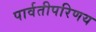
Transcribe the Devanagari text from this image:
पार्वतीपरिणय